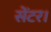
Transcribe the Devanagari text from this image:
सेंटर।